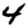
Digit: 4